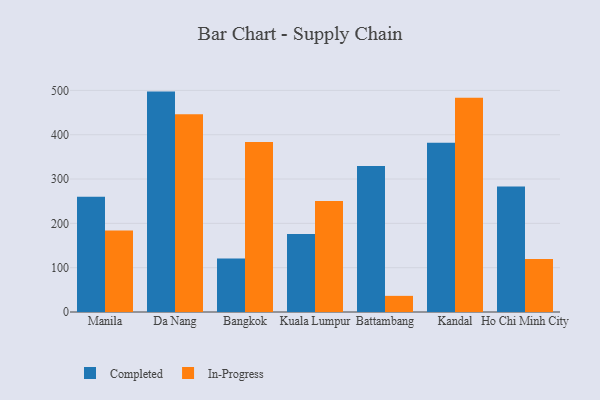
{"axis": {"x": "City", "y": "LTV (USD)"}, "legend": ["Completed", "In-Progress"], "data": [{"x": "Manila", "y": 259.8, "type": "Completed"}, {"x": "Manila", "y": 183.8, "type": "In-Progress"}, {"x": "Da Nang", "y": 497.3, "type": "Completed"}, {"x": "Da Nang", "y": 446.4, "type": "In-Progress"}, {"x": "Bangkok", "y": 120.5, "type": "Completed"}, {"x": "Bangkok", "y": 383.7, "type": "In-Progress"}, {"x": "Kuala Lumpur", "y": 176.1, "type": "Completed"}, {"x": "Kuala Lumpur", "y": 250.3, "type": "In-Progress"}, {"x": "Battambang", "y": 329.5, "type": "Completed"}, {"x": "Battambang", "y": 36.4, "type": "In-Progress"}, {"x": "Kandal", "y": 381.8, "type": "Completed"}, {"x": "Kandal", "y": 483.5, "type": "In-Progress"}, {"x": "Ho Chi Minh City", "y": 283.1, "type": "Completed"}, {"x": "Ho Chi Minh City", "y": 119.8, "type": "In-Progress"}]}